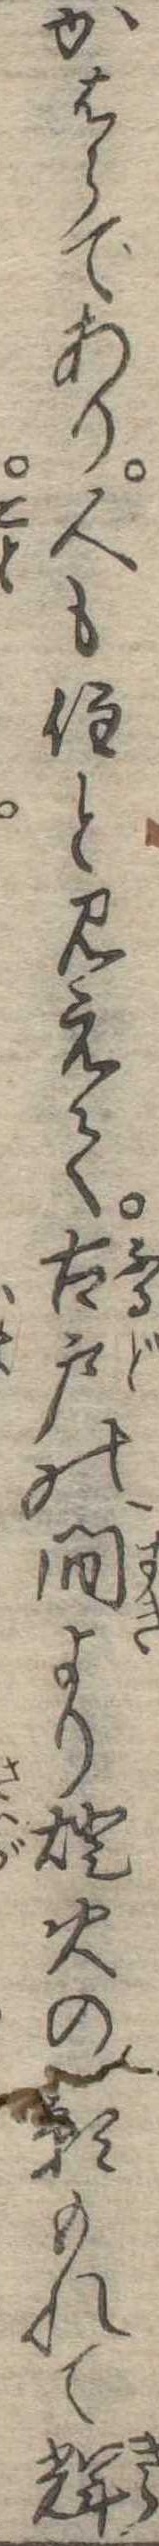
かはらであり人も住と見えて古戸の間より灯火の影もれて輝